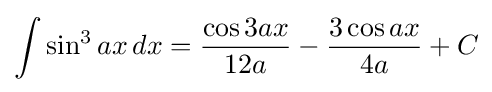
\int \sin ^{3}{ax}\,dx={\frac {\cos 3ax}{12a}}-{\frac {3\cos ax}{4a}}+C